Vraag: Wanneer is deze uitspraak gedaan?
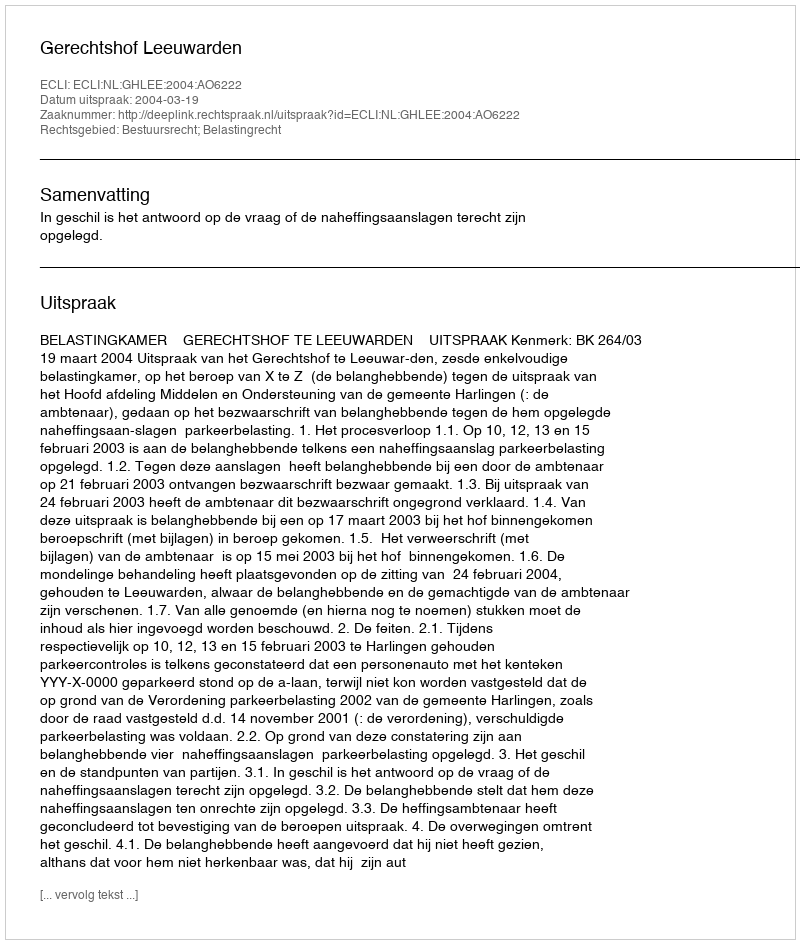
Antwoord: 2004-03-19